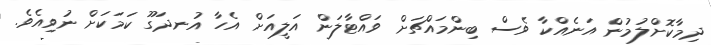
ދިމާކޮށްލުމުން އަނެއްކާ ވެސް ބިންމައްޗަށް ވައްޓާލަން އަލީއަށް އެހާ އުނދަގޫ ކަމަކަށް ނުވިއެވެ.